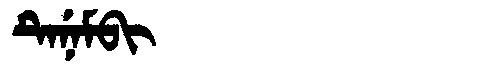
Manchu: ᡨᡝᠨᡝᠮᠪᡳ
Romanization: TENEMBI